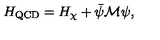
H _ { \mathrm { Q C D } } = H _ { \chi } + \bar { \psi } \mathcal { M } \psi ,